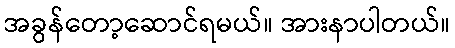
အခွန်တော့ဆောင်ရမယ်။ အားနာပါတယ်။